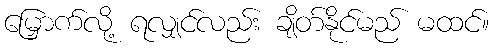
မြှောက်လို့ ရလျှင်လည်း ချိတ်နိုင်မည် မထင်။